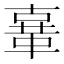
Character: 𲊜